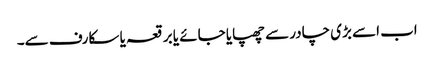
اب اسے بڑی چادر سے چھپایا جائے یا برقعہ یا سکارف سے۔